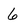
Character: 6